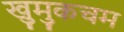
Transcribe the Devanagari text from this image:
खुमुकचम